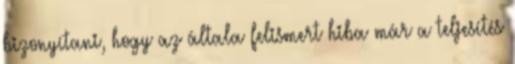
bizonyítani, hogy az általa felismert hiba már a teljesítés